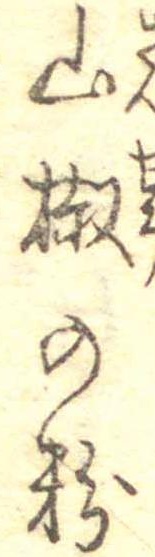
山椒の粉